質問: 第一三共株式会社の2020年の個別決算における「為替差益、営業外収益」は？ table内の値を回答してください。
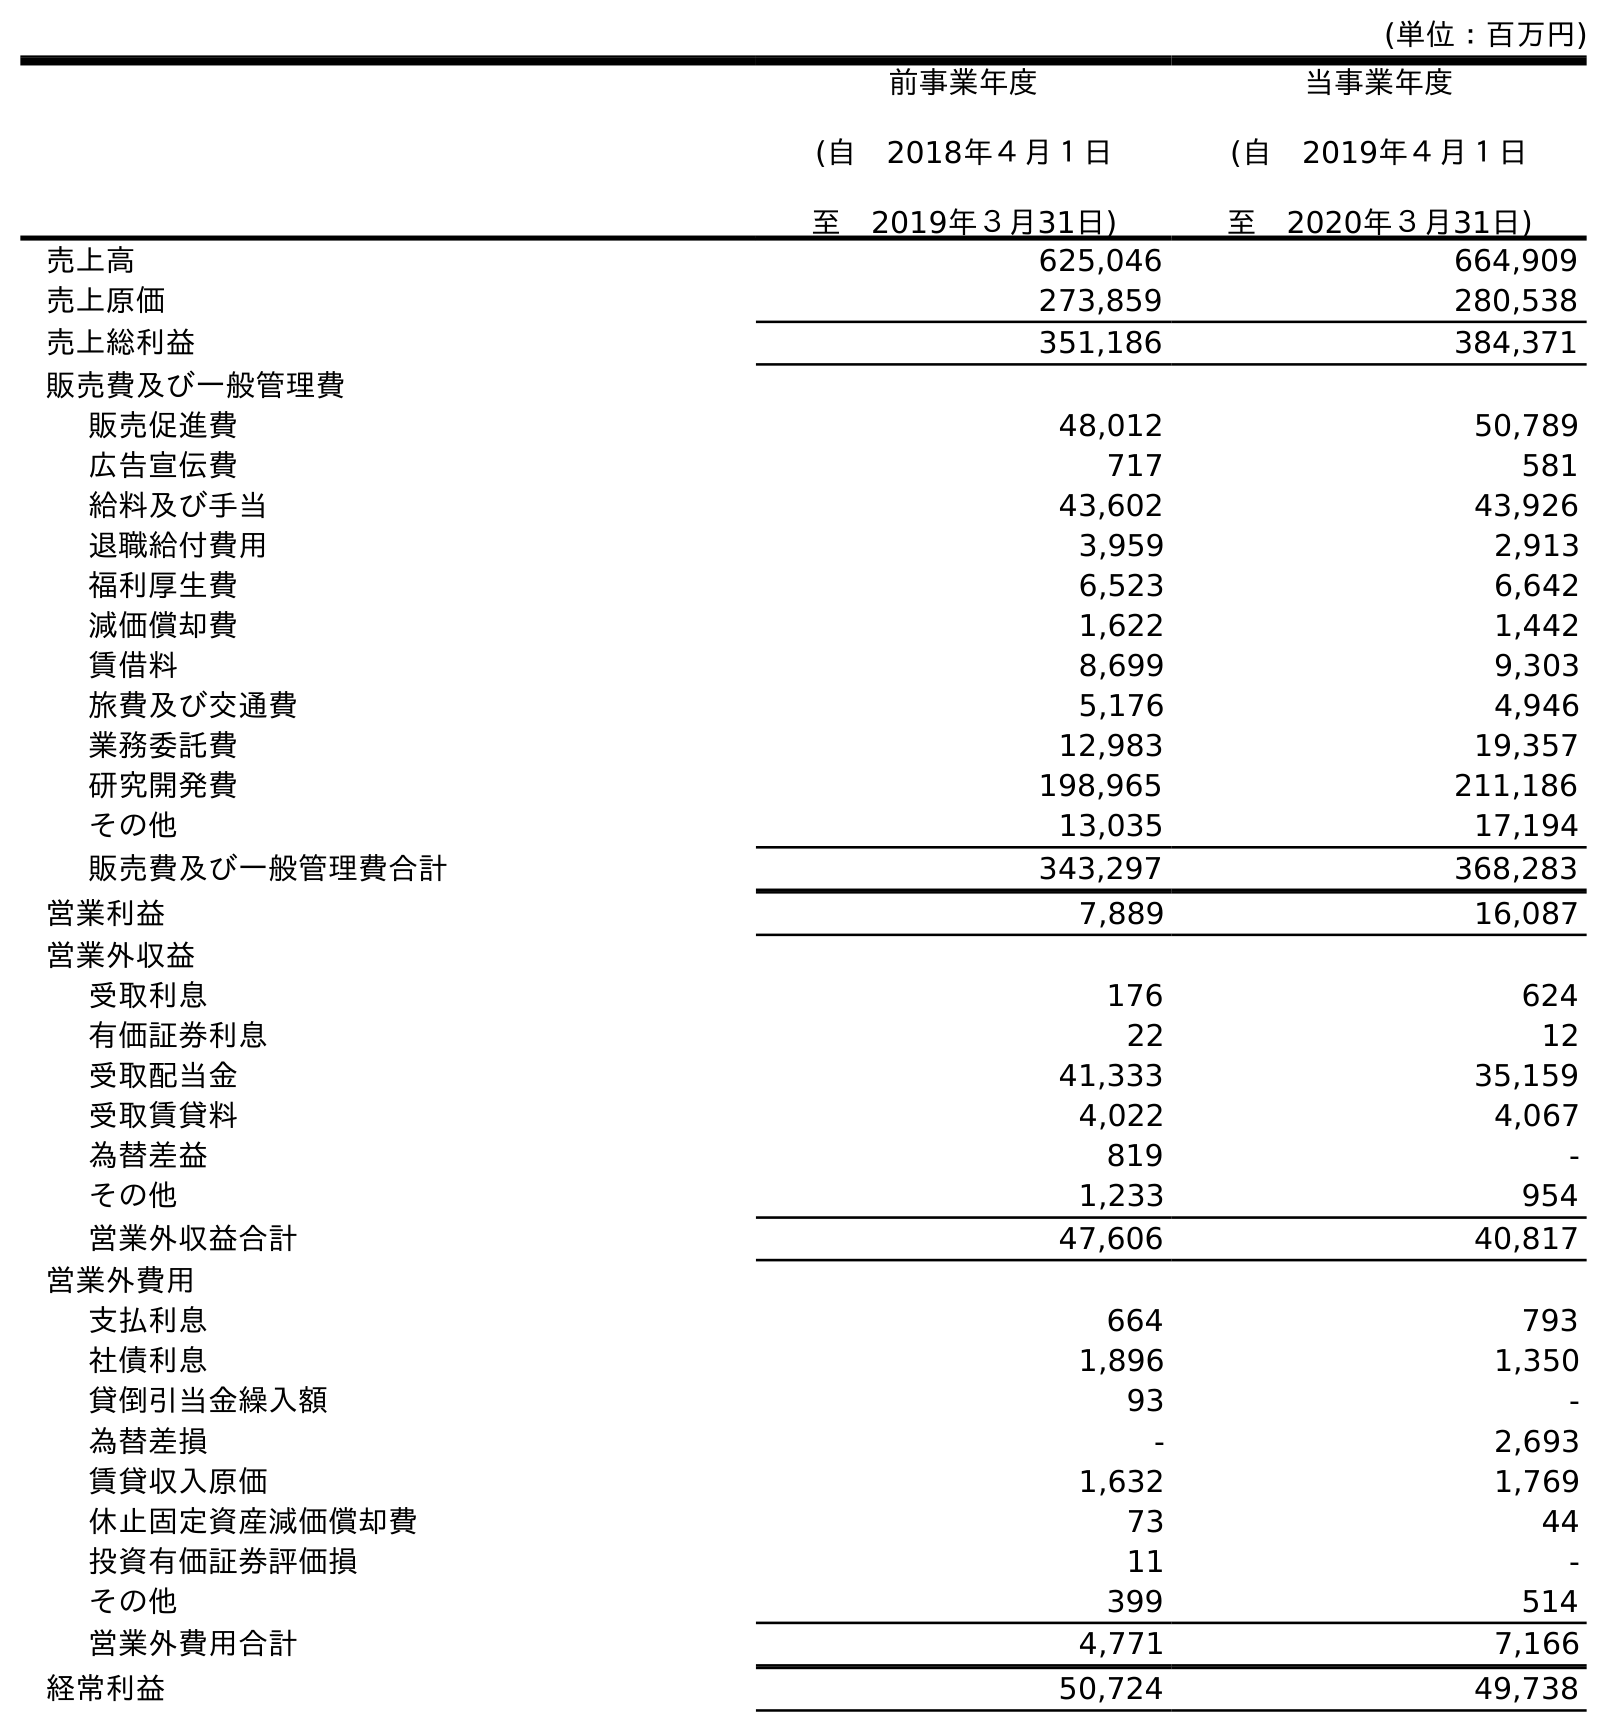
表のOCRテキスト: (単位：百万円) 前事業年度 (自 2018年４月１日 至 2019年３月31日) 当事業年度 (自 2019年４月１日 至 2020年３月31日) 売上高 625,046 664,909 売上原価 273,859 280,538 売上総利益 351,186 384,371 販売費及び一般管理費 販売促進費 48,012 50,789 広告宣伝費 717 581 給料及び手当 43,602 43,926 退職給付費用 3,959 2,913 福利厚生費 6,523 6,642 減価償却費 1,622 1,442 賃借料 8,699 9,303 旅費及び交通費 5,176 4,946 業務委託費 12,983 19,357 研究開発費 198,965 211,186 その他 13,035 17,194 販売費及び一般管理費合計 343,297 368,283 営業利益 7,889 16,087 営業外収益 受取利息 176 624 有価証券利息 22 12 受取配当金 41,333 35,159 受取賃貸料 4,022 4,067 為替差益 819 - その他 1,233 954 営業外収益合計 47,606 40,817 営業外費用 支払利息 664 793 社債利息 1,896 1,350 貸倒引当金繰入額 93 - 為替差損 - 2,693 賃貸収入原価 1,632 1,769 休止固定資産減価償却費 73 44 投資有価証券評価損 11 - その他 399 514 営業外費用合計 4,771 7,166 経常利益 50,724 49,738
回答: -